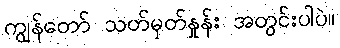
ကျွန်တော် သတ်မှတ်နှုန်း အတွင်းပါပဲ။